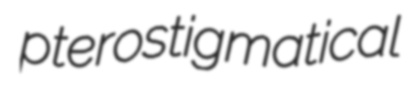
pterostigmatical